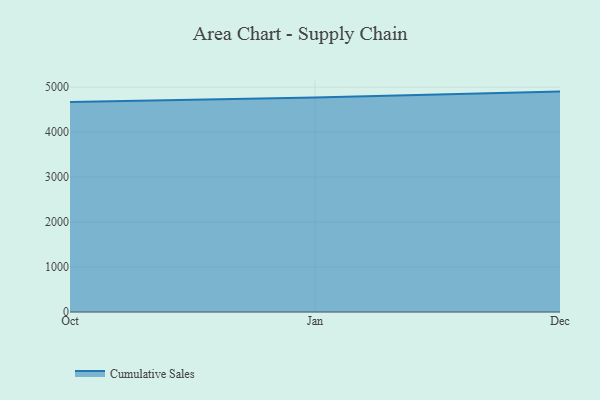
{"axis": {"x": "Month", "y": "Page Views"}, "legend": ["Cumulative Sales"], "data": [{"x": "Oct", "y": 4670.1, "type": "Cumulative Sales"}, {"x": "Jan", "y": 4771.8, "type": "Cumulative Sales"}, {"x": "Dec", "y": 4901.0, "type": "Cumulative Sales"}]}